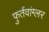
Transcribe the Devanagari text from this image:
फुर्तवांग्लर